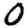
Digit: 0